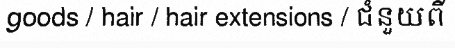
goods / hair / hair extensions / ជំនួយពី